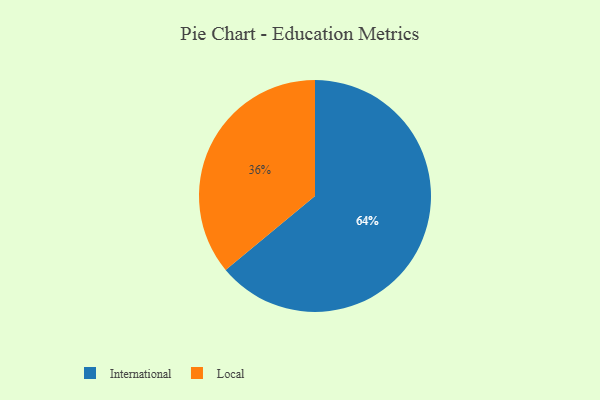
{"axis": {"x": "Category", "y": "Percentage"}, "legend": ["International", "Local"], "data": [{"x": "International", "y": 64, "type": "International"}, {"x": "Local", "y": 36, "type": "Local"}]}